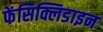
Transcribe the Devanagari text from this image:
फेंसिक्लिडाइन